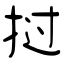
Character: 挝